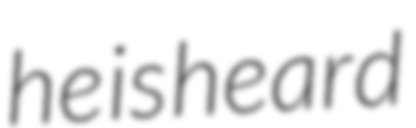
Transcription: he is heard